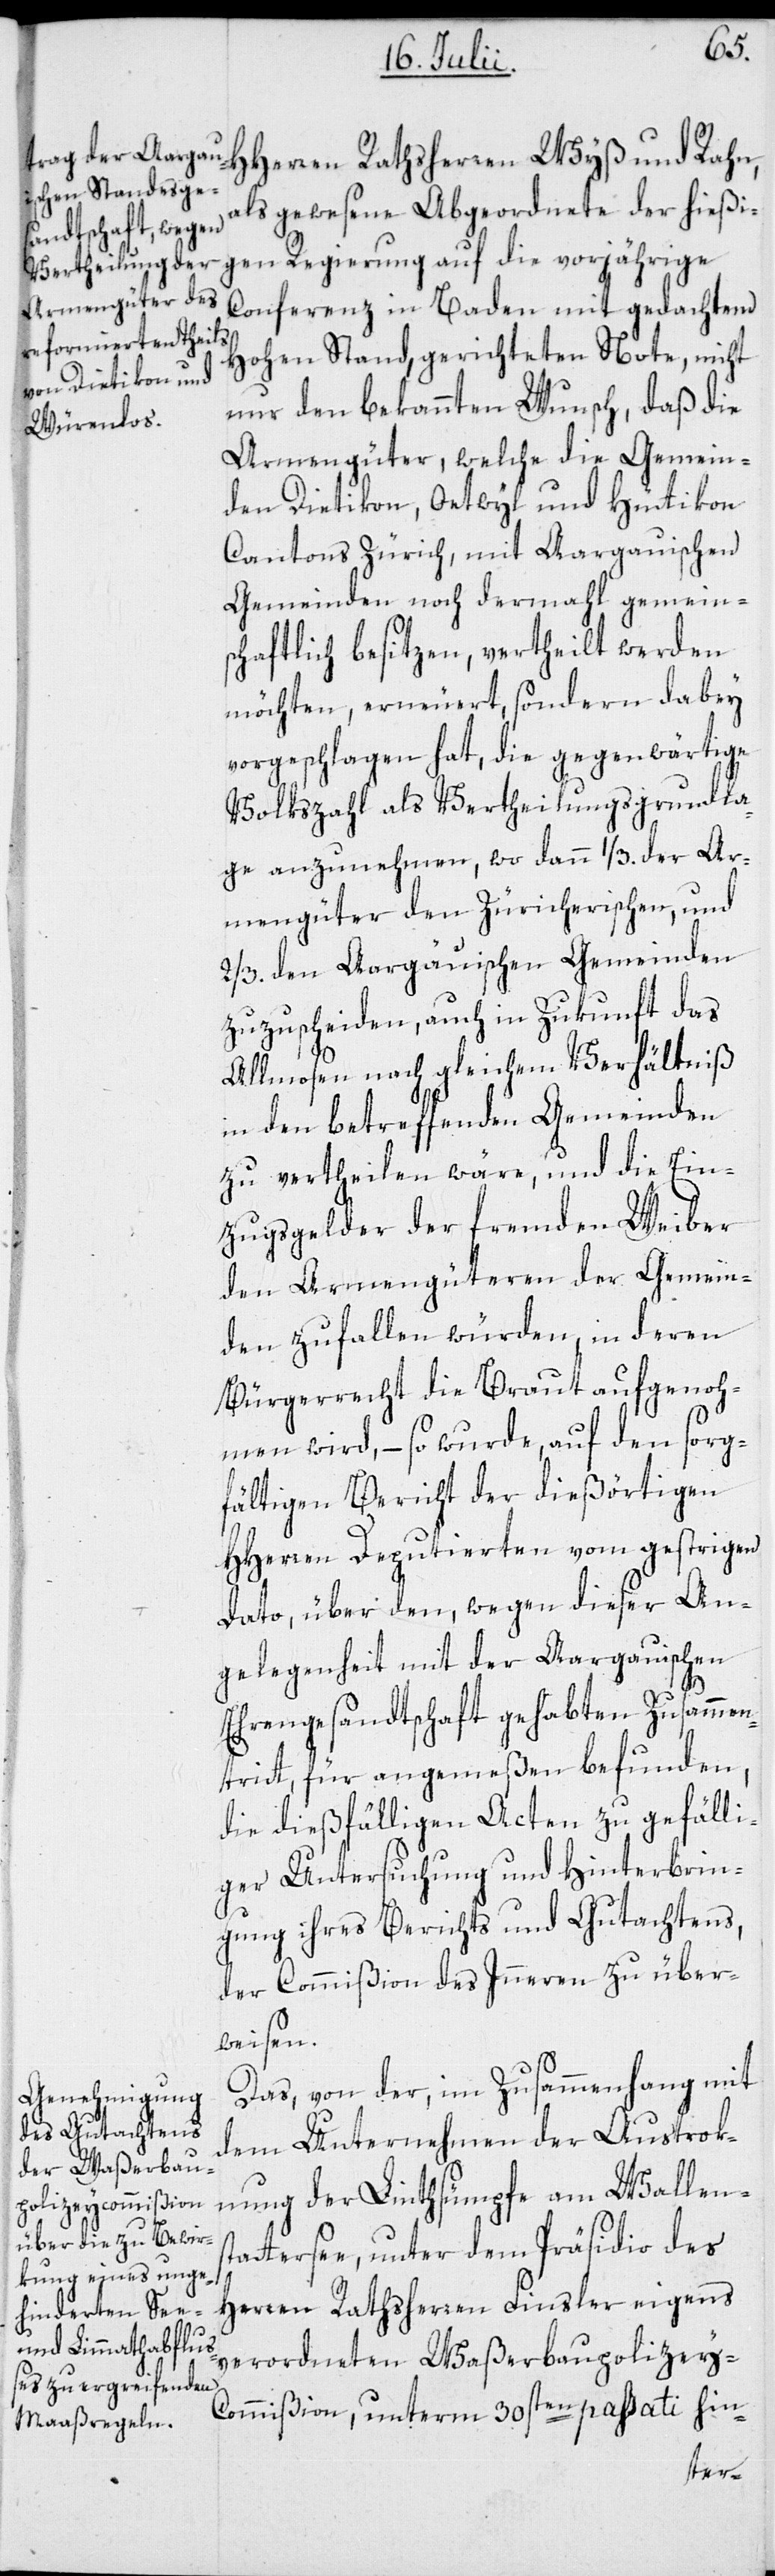
als gewesene Abgeordnete der hießi¬
gen Regierung auf die vorjährige
Conferenz in Baden mit gedachtem
Hohen Stand, gerichteten Note, nicht
nur den bekannten Wunsch, daß die
Armengüter, welche die Gemein¬
den Dietikon, Oetwyl und Hüttikon
Cantons Zürich, mit Aargauischen
Gemeinden noch dermahl gemeins¬
chaftlich besitzen, vertheilt werden
möchten, erneuert, sondern dabey
vorgeschlagen hat, die gegenwärtige
Volkszahl als Vertheilungsgrundla¬
ge anzunehmen, wo dann 1/3. der Ar¬
mengüter den Züricherischen, und
2/3. den Aargäuischen Gemeinden
zuzuscheiden, auch in Zukunft das
Allmosen nach gleichem Verhältniß
in den betreffenden Gemeinden
zu vertheilen wäre, und die Ein¬
zugsgelder der fremden Weiber
den Armengüteren der Gemein¬
den zufallen würden, in deren
Bürgerrecht die Braut aufgenoh¬
men wird, – so wurde, auf den sorg¬
fältigen Bericht der dießörtigen
HHerren Deputierten vom gestrigen
Dato, über den, wegen dieser An¬
gelegenheit mit der Aargauischen
Ehrengesandtschaft gehabten Zusammen¬
tritt, für angemeßen befunden,
die dießfälligen Acten zu gefälli¬
ger Untersuchung und Hinterbrin¬
gung ihres Berichts und Gutachtens,
der Commißion des Inneren zu über¬
weisen.
Das, von der, im Zusammenhang mit
dem Unternehmen der Austrok¬
nung der Linthsümpfe am Wallens¬
tattersee, unter dem Präsidio des
Herren Rathsherren Finsler eigens
verordneten Waßerbaupolizey-C¬
ommißion, unterm 30sten passati hin-